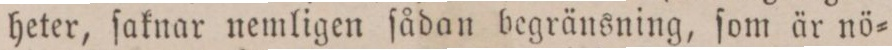
heter, ſaknar nemligen ſådan begränsning, ſom är nö=